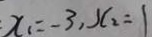
x _ { 1 } = - 3 , x _ { 2 } = 1